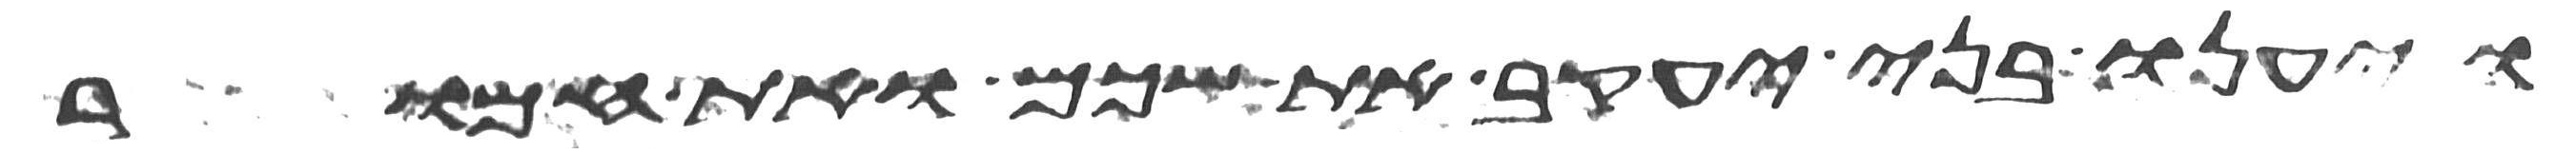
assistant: ויענו בני יעקב את שכם ואת חמור